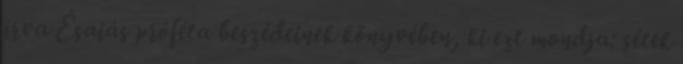
írva Ésaiás próféta beszédeinek könyvében, ki ezt mondja: sétek